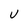
Character: U